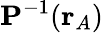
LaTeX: \mathbf{P}^{-1}(\mathbf{r}_{A})